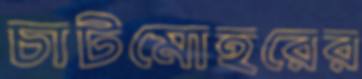
চাটমোহরের